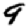
Digit: 9